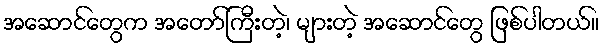
အဆောင်တွေက အတော်ကြီးတဲ့၊ များတဲ့ အဆောင်တွေ ဖြစ်ပါတယ်။